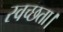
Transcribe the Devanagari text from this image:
स्वच्छता।